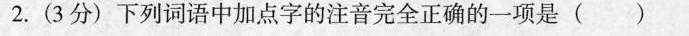
2.(3分)下列词语中加点字的注音完全正确的一项是()